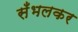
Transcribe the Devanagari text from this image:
सँभलकर